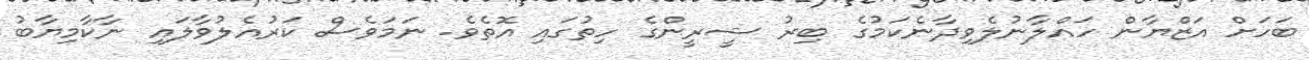
ބަހަށް އަޒްޔާން ހައްލާނުލެވިދާނެކަމުގެ ބިރު ޝީރީންގެ ހިތުގައި އޮތެވެ. ނަމަވެސް ކަރުއެލުވާލައި ނާކާމިޔާބު